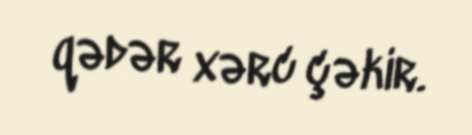
qədər xərc çəkir.